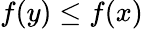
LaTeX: f(y)\leq f(x)